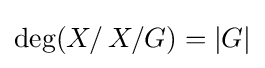
\deg(X/\,X/G)=|G|